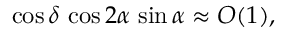
\cos \delta \, \cos 2 \alpha \, \sin \alpha \approx { \cal O } ( 1 ) ,